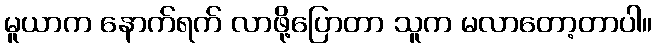
မူယာက နောက်ရက် လာဖို့ပြောတာ သူက မလာတော့တာပါ။